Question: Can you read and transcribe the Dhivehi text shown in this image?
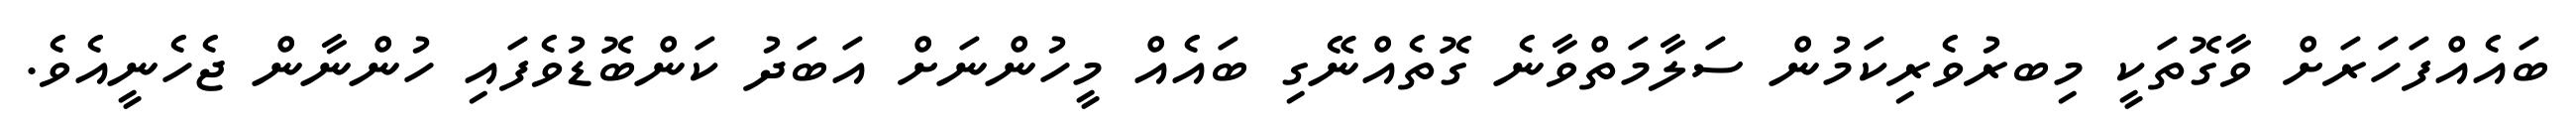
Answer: ބައެއްފަހަރަށް ވާގޮތަކީ މިބރުވެރިކަމުން ސަލާމަތްވާނެ ގޮތެއްނޭގި ބައެއް މީހުންނަށް އަބަދު ކަންބޮޑުވެފައި ހުންނާން ޖެހެނީއެވެ.